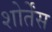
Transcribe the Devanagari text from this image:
शोर्तेंस